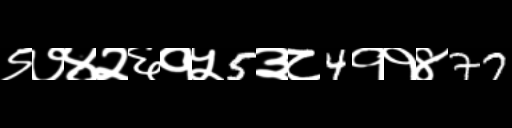
Text: ९७४२६१५5३८4११४77